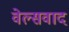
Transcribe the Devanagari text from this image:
वेल्सवाद